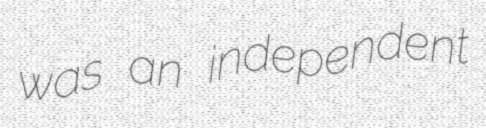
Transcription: was an independent